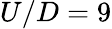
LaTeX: U/D=9